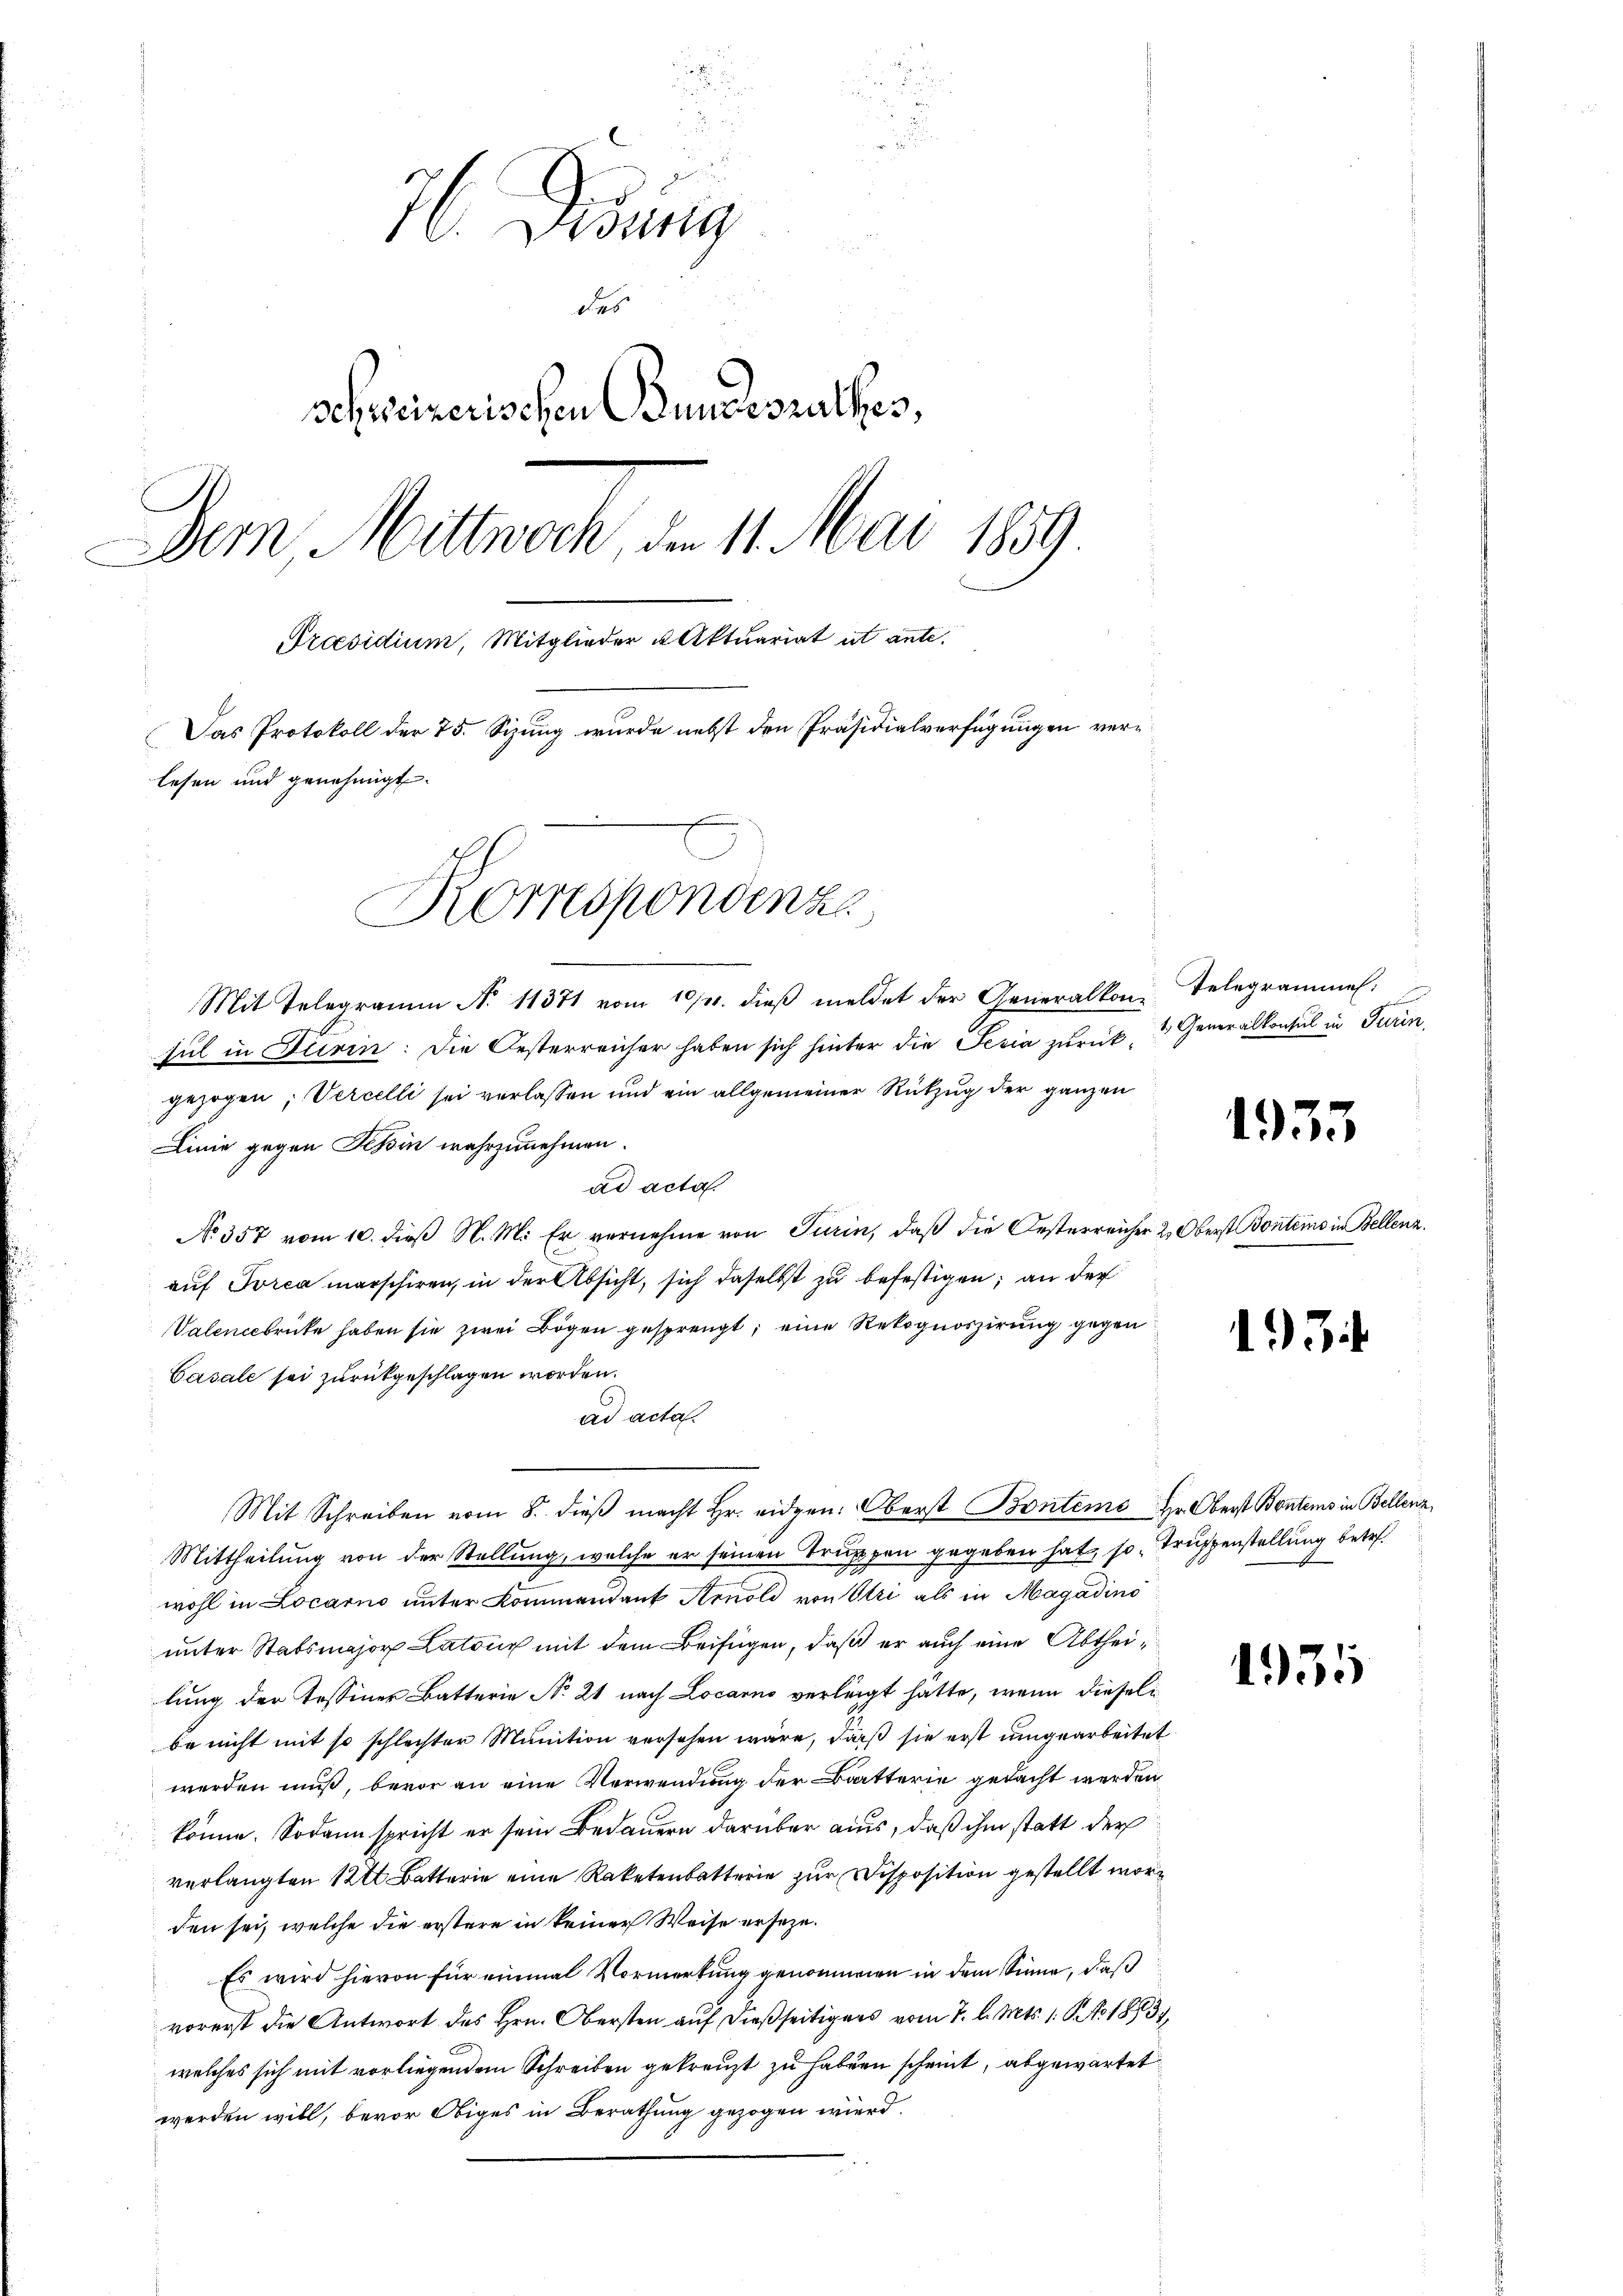
d
7. Febung
de
schweizerischen Bundesrathes,
Der Mittwoch, den 11. Mai 1859.
Präsidium, Mitglieder u. Aktuariat ut ante.
Das Protokoll der 75. Sizung wurde nebst den Präsidialverfügungen verlesen und genehmigt.

Korrespondenz

Mit Telegramm N. 11371 vom 10. dieβ meldet der Generalkon Telegrammen.
sul in Turin: Die Oesterreicher haben sich hinter die Sesia zurück, 3 Generalkontul in Turin,
gezogen; Vercelli sei verlassen und ein allgemeiner Rückzug der ganzen
Linie gegen Tessin wahrzunehmen.
ad acta.
No. 357 vom 10. dieβ N. M. Er vernehme von Turin, daβ die Oesterreicher & Oberst Bontems in Bellenz,
auf Torea marschiren, in der Absicht, sich daselbst zu befestigen; an der
Valenbrücke haben sie zwei Bogen gesprengt, eine Rekognoszirung gegen
Casale sei zurückgeschlagen worden.
ad acta.
Mit Schreiben vom 8. dieß macht Hr. eidgen: Oberst Bonteme Hr. Oberst Bontems in Bellenz,
Mittheilung von der Stellung, welche er seinen Truppen gegeben hat, so Truppenstellung betr.
wohl in Locarno unter Kommandant Arnold von Otri als in Magadino
unter Stabsmajor Latour mit dem Beifügen, daß er auch eine Abtheilung der Tessiner Batterie No 21 nach Locarno verlangt hätte, wenn dieseli
be nicht mit so schlechter Munition versehen wäre, daß sie erst umgearbeitet
werden muß, bevor an eine Verwendung der Batterie gedacht werden
könne. Sodann spricht er sein Bedauern darüber aus, daß ihm statt der
verlangten 12 Batterie eine Raketenbatterie zur Disposition gestellt worden sei, welche die erstere in keiner Weise erseze.
Es wird hievon für einmal Vormerkung genommen in dem Sinne, daß
vorerst die Antwort des Hrn. Obersten auf dießseitigers vom 7. d. Mts. 1. No. 1883.
welches sich mit vorliegendem Schreiben gekreuzt zu haben scheint, abgewartet
werden will, bevor Obiges in Berathung gezogen wird.

1935

193

135